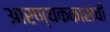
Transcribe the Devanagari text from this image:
आरण्यककारांची